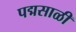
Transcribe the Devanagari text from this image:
पद्मसाळी